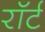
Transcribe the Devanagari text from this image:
रॉर्ट